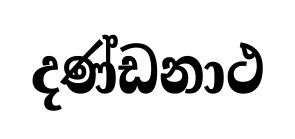
දණ්ඩනාථ